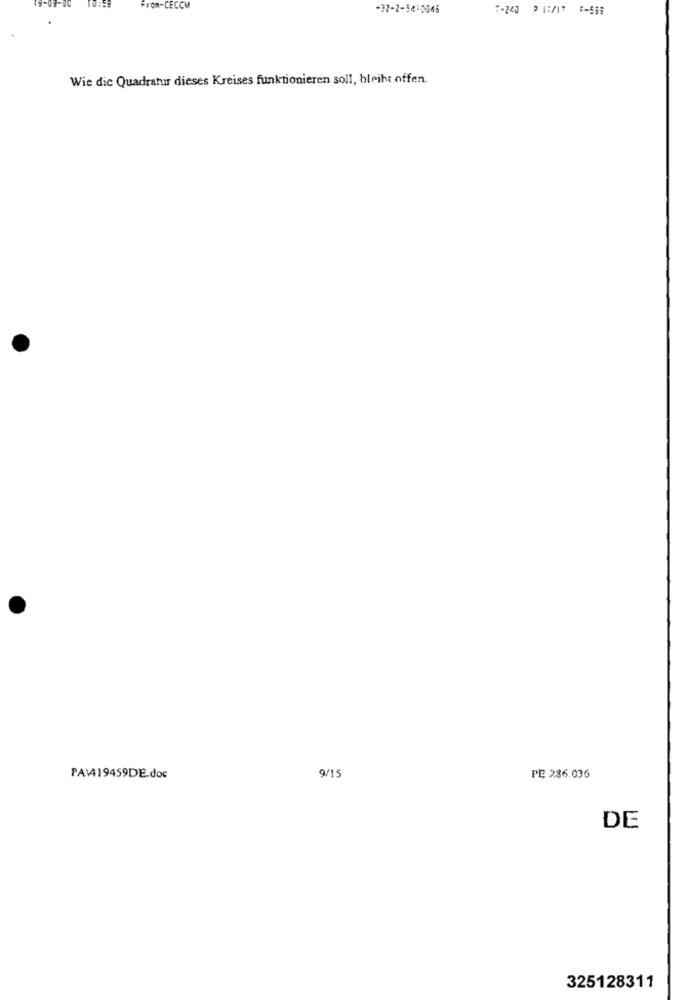
-09-9
-32-2-3410045
T-220 21:/17 :- 538
Wie die Quadratur dieses Kreises funktionieren soll, bleibt offen.
9/15
PA\419459DE.doc
PE 286.036
DE
325128311